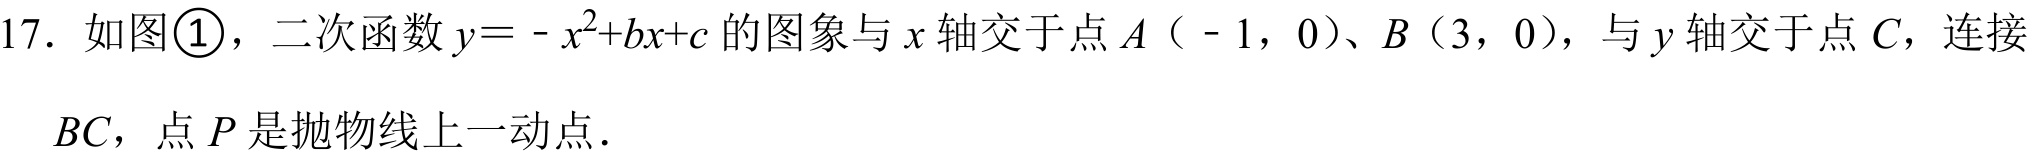
17. 如图\textcircled{1}，二次函数\(y = -x^{2}+bx + c\)的图象与\(x\)轴交于点\(A（ - 1,0）\)、\(B（3,0）\)，与\(y\)轴交于点\(C\)，连接\(BC\)，点\(P\)是抛物线上一动点．